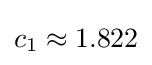
c_{1}\approx 1.822